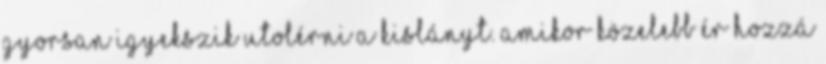
gyorsan igyekszik utolérni a kislányt. Amikor közelebb ér hozzá